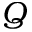
Q